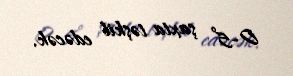
0-5° şaxta təşkil edəcək.